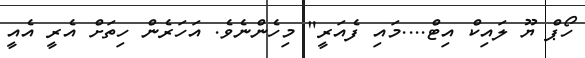
ހޯޕް ޔޫ ލައިކް އިޓް....މައި ފެއަރީ" މިހެންނެވެ. އަހަރެން ހިތަށް އެރީ އެއީ